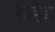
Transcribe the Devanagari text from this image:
कहेइ